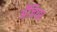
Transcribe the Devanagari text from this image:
अँजियर